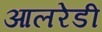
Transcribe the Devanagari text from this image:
आलरेडी